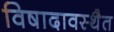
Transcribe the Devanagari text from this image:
विषादावस्थैत